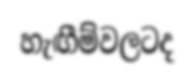
හැඟීම්වලටද